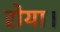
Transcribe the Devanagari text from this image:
रोया।